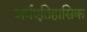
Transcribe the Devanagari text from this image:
अर्धएतिहासिक